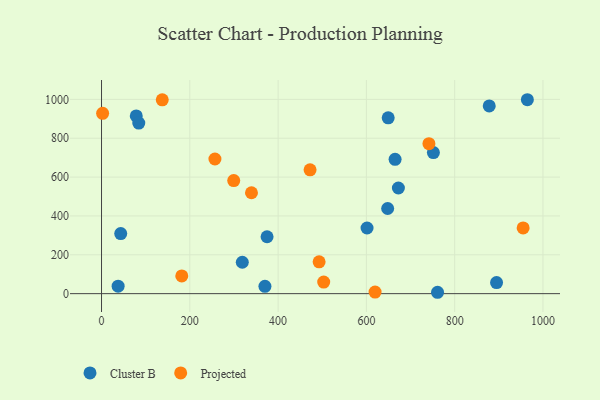
{"axis": {"x": "Distance", "y": "Rating"}, "legend": ["Cluster B", "Projected"], "data": [{"x": "672.5", "y": 543.8, "type": "Cluster B"}, {"x": "964.7", "y": 998.2, "type": "Cluster B"}, {"x": "894.9", "y": 57.1, "type": "Cluster B"}, {"x": "665.0", "y": 691.4, "type": "Cluster B"}, {"x": "751.8", "y": 726.0, "type": "Cluster B"}, {"x": "878.3", "y": 966.2, "type": "Cluster B"}, {"x": "370.2", "y": 37.8, "type": "Cluster B"}, {"x": "601.5", "y": 337.9, "type": "Cluster B"}, {"x": "78.7", "y": 914.9, "type": "Cluster B"}, {"x": "318.9", "y": 161.6, "type": "Cluster B"}, {"x": "648.2", "y": 438.4, "type": "Cluster B"}, {"x": "761.2", "y": 7.1, "type": "Cluster B"}, {"x": "375.0", "y": 292.8, "type": "Cluster B"}, {"x": "84.4", "y": 877.8, "type": "Cluster B"}, {"x": "649.4", "y": 904.8, "type": "Cluster B"}, {"x": "43.5", "y": 309.2, "type": "Cluster B"}, {"x": "37.6", "y": 38.3, "type": "Cluster B"}, {"x": "955.1", "y": 338.3, "type": "Projected"}, {"x": "472.4", "y": 637.4, "type": "Projected"}, {"x": "256.9", "y": 693.2, "type": "Projected"}, {"x": "492.9", "y": 164.0, "type": "Projected"}, {"x": "2.5", "y": 928.4, "type": "Projected"}, {"x": "619.7", "y": 8.3, "type": "Projected"}, {"x": "181.8", "y": 91.1, "type": "Projected"}, {"x": "741.7", "y": 772.0, "type": "Projected"}, {"x": "339.7", "y": 519.3, "type": "Projected"}, {"x": "137.6", "y": 997.7, "type": "Projected"}, {"x": "299.5", "y": 582.3, "type": "Projected"}, {"x": "503.3", "y": 59.7, "type": "Projected"}]}